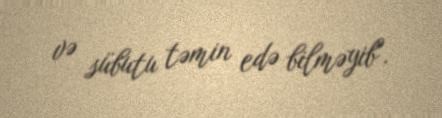
və sübutu təmin edə bilməyib".